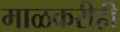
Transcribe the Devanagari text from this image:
माळकरीही